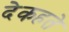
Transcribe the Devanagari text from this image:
देकहते